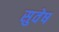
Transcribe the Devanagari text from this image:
सुवेष